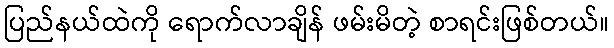
ပြည်နယ်ထဲကို ရောက်လာချိန် ဖမ်းမိတဲ့ စာရင်းဖြစ်တယ်။